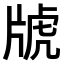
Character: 𤗑